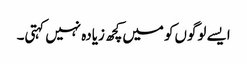
ایسے لوگوں‌کو میں‌کچھ زیادہ نہیں کہتی۔